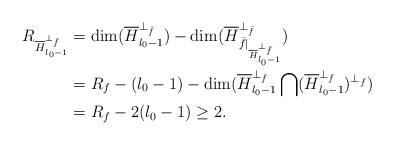
LaTeX: \begin{align*} R_{\overline{H}_{l_0-1}^{\perp_{\bar{f}}}}&=\dim(\overline{H}_{l_0-1}^{\perp_{\bar{f}}})-\dim(\overline{H}_{\bar{f}|_{\overline{H}_{l_0-1}^{\perp_{\bar{f}}}}}^{\perp_{\bar{f}}})\\ &=R_f-(l_0-1)-\dim(\overline{H}_{l_0-1}^{\perp_{\bar{f}}}\bigcap (\overline{H}_{l_0-1}^{\perp_{\bar{f}}})^{\perp_{\bar{f}}})\\ &=R_f-2(l_0-1)\geq 2.\end{align*}